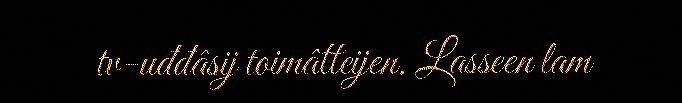
tv-uđđâsij toimâtteijen. Lasseen lam